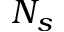
N _ { s }